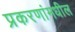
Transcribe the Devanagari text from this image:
प्रकरणांमधील